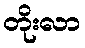
တိုးလာ